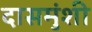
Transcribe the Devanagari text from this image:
दासमुंशी